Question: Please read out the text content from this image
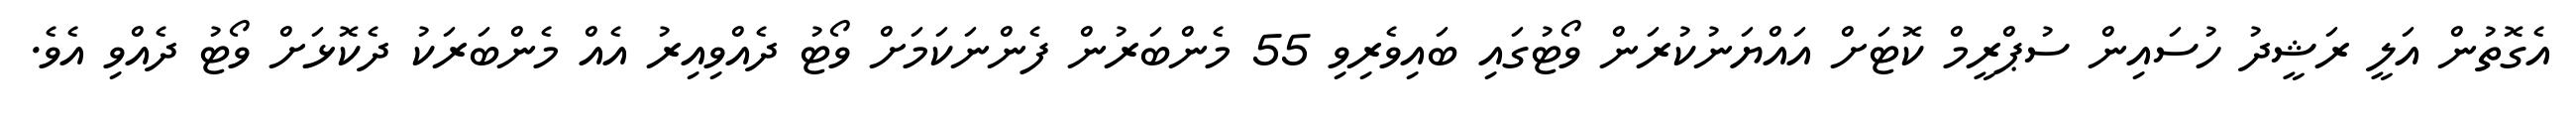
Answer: އެގޮތުން އަލީ ރަޝީދު ހުސައިން ސުޕްރީމް ކޮޓަށް އައްޔަނުކުރަން ވޯޓުގައި ބައިވެރިވި 55 މެންބަރުން ފެންނަކަމަށް ވޯޓު ދެއްވިއިރު އެއް މެންބަރަކު ދެކޮޅަށް ވޯޓު ދެއްވި އެވެ.